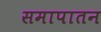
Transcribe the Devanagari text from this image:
समापातन